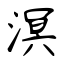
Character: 溟